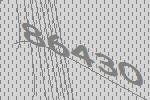
86430